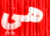
هي